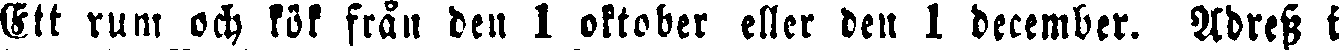
Ett rum och kök från den 1 oktober eller den 1 december. Adress i